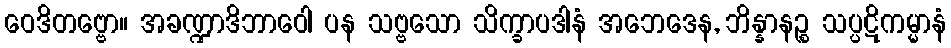
ဝေဒိတဗ္ဗော။ အခဏ္ဍာဒိဘာဝေါ ပန သဗ္ဗသော သိက္ခာပဒါနံ အဘေဒေန, ဘိန္နာနဉ္စ သပ္ပဋိကမ္မာနံ